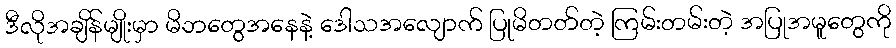
ဒီလိုအချိန်မျိုးမှာ မိဘတွေအနေနဲ့ ဒေါသအလျောက် ပြုမိတတ်တဲ့ ကြမ်းတမ်းတဲ့ အပြုအမူတွေကို